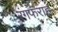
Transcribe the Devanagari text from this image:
रंगफराह